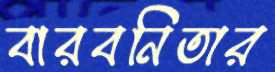
বারবনিতার